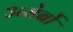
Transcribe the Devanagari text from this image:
असेर्बो